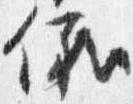
儀